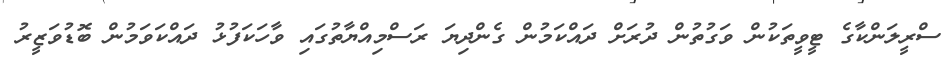
ސްރީލަންކާގެ ޓީވީތަކުން ވަގުތުން ދުރަށް ދައްކަމުން ގެންދިޔަ ރަސްމިއްޔާތުގައި ވާހަކަފުޅު ދައްކަވަމުން ބޮޑުވަޒީރު